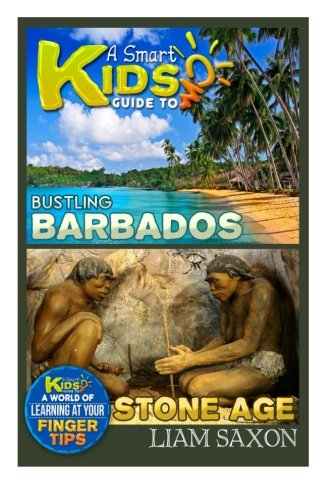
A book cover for A Smart Kids Guide To BUSTLING BARBADOS AND STONE AGE: A World Of Learning At Your Fingertips; Liam Saxon; Travel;